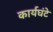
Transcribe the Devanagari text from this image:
कार्यघंटे